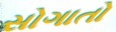
સોગાતો